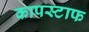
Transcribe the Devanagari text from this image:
कापस्टाफ